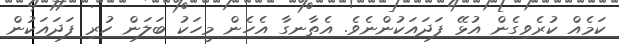
ކަމެއް ކުރެވިގެން އުޅޭ ފަދައަކުންނެވެ. އެތާނގާ އެހެން މީހަކު ބަލަން ހުރި ފަދައަކުން